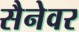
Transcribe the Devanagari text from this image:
सैनेवर